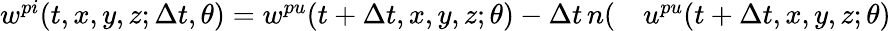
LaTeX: \begin{array}{rl}{w^{pi}(t,x,y,z;\Delta t,\theta)=w^{pu}(t+\Delta t,x,y,z;\theta)-\Delta t\, n(}&{{}u^{pu}(t+\Delta t,x,y,z;\theta)}\end{array}